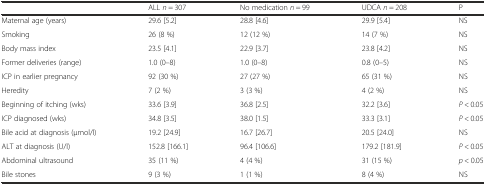
<table><thead><tr><td></td><td><b>ALL <i>n</i> = 307</b></td><td><b>No medication <i>n</i> = 99</b></td><td><b>UDCA <i>n</i> = 208</b></td><td><b>P</b></td></tr></thead><tbody><tr><td>Maternal age (years)</td><td>29.6 [5.2]</td><td>28.8 [4.6]</td><td>29.9 [5.4]</td><td>NS</td></tr><tr><td>Smoking</td><td>26 (8 %)</td><td>12 (12 %)</td><td>14 (7 %)</td><td>NS</td></tr><tr><td>Body mass index</td><td>23.5 [4.1]</td><td>22.9 [3.7]</td><td>23.8 [4.2]</td><td>NS</td></tr><tr><td>Former deliveries (range)</td><td>1.0 (0–8)</td><td>1.0 (0–8)</td><td>0.8 (0–5)</td><td>NS</td></tr><tr><td>ICP in earlier pregnancy</td><td>92 (30 %)</td><td>27 (27 %)</td><td>65 (31 %)</td><td>NS</td></tr><tr><td>Heredity</td><td>7 (2 %)</td><td>3 (3 %)</td><td>4 (2 %)</td><td>NS</td></tr><tr><td>Beginning of itching (wks)</td><td>33.6 [3.9]</td><td>36.8 [2.5]</td><td>32.2 [3.6]</td><td><i>P</i> &lt; 0.05</td></tr><tr><td>ICP diagnosed (wks)</td><td>34.8 [3.5]</td><td>38.0 [1.5]</td><td>33.3 [3.1]</td><td><i>P</i> &lt; 0.05</td></tr><tr><td>Bile acid at diagnosis (μmol/l)</td><td>19.2 [24.9]</td><td>16.7 [26.7]</td><td>20.5 [24.0]</td><td>NS</td></tr><tr><td>ALT at diagnosis (U/l)</td><td>152.8 [166.1]</td><td>96.4 [106.6]</td><td>179.2 [181.9]</td><td><i>P</i> &lt; 0.05</td></tr><tr><td>Abdominal ultrasound</td><td>35 (11 %)</td><td>4 (4 %)</td><td>31 (15 %)</td><td><i>p</i> &lt; 0.05</td></tr><tr><td>Bile stones</td><td>9 (3 %)</td><td>1 (1 %)</td><td>8 (4 %)</td><td>NS</td></tr></tbody></table>